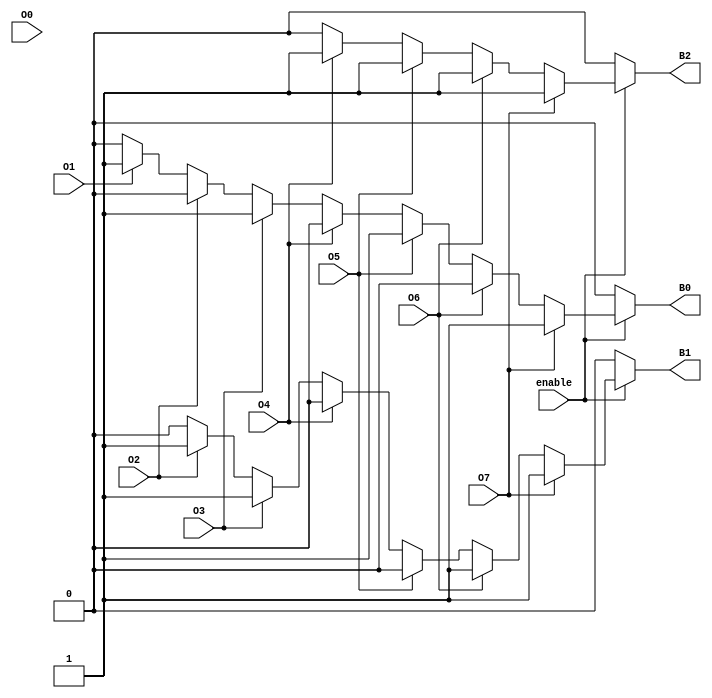
module octal_to_binary_encoder (
    input wire O0, O1, O2, O3, O4, O5, O6, O7,  // Octal inputs
    output reg B2, B1, B0,                       // Binary outputs
    input wire enable                             // Enable input
);

always @(*) begin
    if (!enable) begin
        // If not enabled, output should be 000
        B2 = 0;
        B1 = 0;
        B0 = 0;
    end else begin
        // Default output for no active inputs
        B2 = 0;
        B1 = 0;
        B0 = 0;

        // Priority encoding: check inputs from O7 to O0
        if (O7) begin
            B2 = 1; B1 = 1; B0 = 1; // O7 is active
        end else if (O6) begin
            B2 = 1; B1 = 1; B0 = 0; // O6 is active
        end else if (O5) begin
            B2 = 1; B1 = 0; B0 = 1; // O5 is active
        end else if (O4) begin
            B2 = 1; B1 = 0; B0 = 0; // O4 is active
        end else if (O3) begin
            B2 = 0; B1 = 1; B0 = 1; // O3 is active
        end else if (O2) begin
            B2 = 0; B1 = 1; B0 = 0; // O2 is active
        end else if (O1) begin
            B2 = 0; B1 = 0; B0 = 1; // O1 is active
        end else if (O0) begin
            B2 = 0; B1 = 0; B0 = 0; // O0 is active
        end
    end
end

endmodule